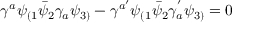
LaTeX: \gamma ^ { a } \psi _ { ( 1 } \bar { \psi } _ { 2 } \gamma _ { a } \psi _ { 3 ) } - \gamma ^ { a ^ { \prime } } \psi _ { ( 1 } \bar { \psi } _ { 2 } \gamma _ { a } ^ { ' } \psi _ { 3 ) } = 0